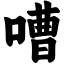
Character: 嘈